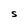
Character: S